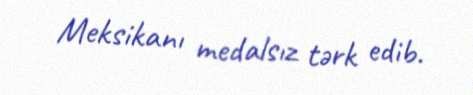
Meksikanı medalsız tərk edib.